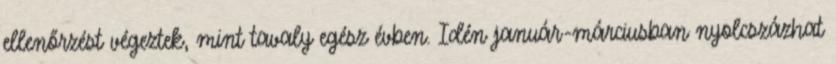
ellenőrzést végeztek, mint tavaly egész évben. Idén január-márciusban nyolcszázhat